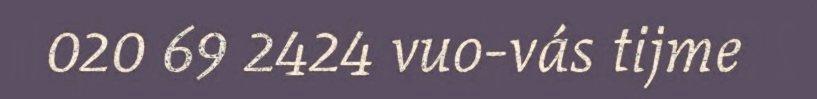
020 69 2424 vuo-vás tijme